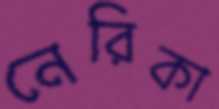
নেরিকা